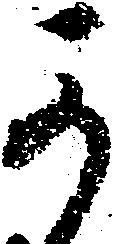
可